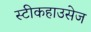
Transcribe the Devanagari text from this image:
स्टीकहाउसेज